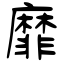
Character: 靡